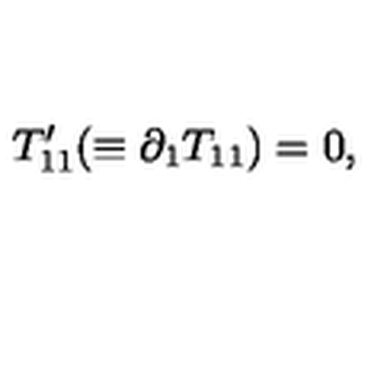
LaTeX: T _ { 1 1 } ^ { \prime } ( \equiv \partial _ { 1 } T _ { 1 1 } ) = 0 ,